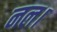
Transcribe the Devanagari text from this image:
नल।